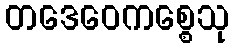
တဒေဝေကစ္စေသု